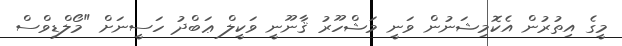
މީގެ އިތުރުން އެކޮމިޝަނުން ވަނީ މަޝްހޫރު ޤާނޫނީ ވަކީލް ޢަބްދު ހަސީނަށް "މޯލްޑިވްސް